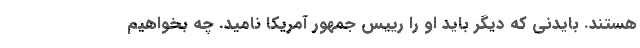
هستند. بایدنی که دیگر باید او را رییس جمهور آمریکا نامید. چه بخواهیم